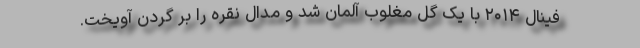
فینال ۲۰۱۴ با یک گل مغلوب آلمان شد و مدال نقره را بر گردن آویخت.